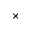
\times